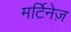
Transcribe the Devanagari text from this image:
मर्टिनेज़